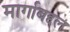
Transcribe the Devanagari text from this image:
मार्गाबद्दल